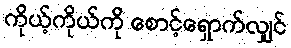
ကိုယ့်ကိုယ်ကို စောင့်ရှောက်လျှင်